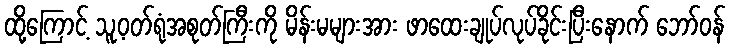
ထို့ကြောင့် သူ့ဝတ်ရုံအစုတ်ကြီးကို မိန်းမများအား ဖာထေးချုပ်လုပ်ခိုင်းပြီးနောက် ဘော်ဝန်